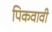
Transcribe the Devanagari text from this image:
पिकवावी